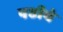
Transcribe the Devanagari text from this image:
षष्ठीचे